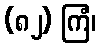
(၈၂) ကြံ၊